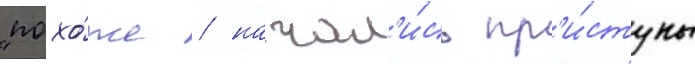
"похо́же / начал'и́сь пр'и́ступы